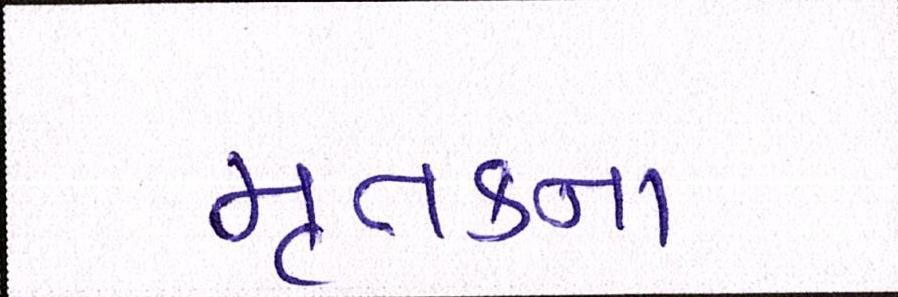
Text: મૃતકના